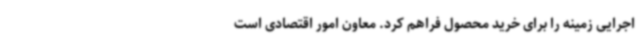
اجرایی زمینه را برای خرید محصول فراهم کرد. معاون امور اقتصادی است